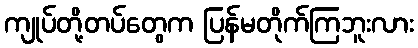
ကျုပ်တို့တပ်တွေက ပြန်မတိုက်ကြဘူးလား